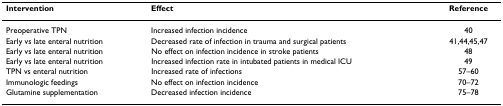
<table><thead><tr><td><b>Intervention</b></td><td><b>Effect</b></td><td><b>Reference</b></td></tr></thead><tbody><tr><td>Preoperative TPN</td><td>Increased infection incidence</td><td>40</td></tr><tr><td>Early vs late enteral nutrition</td><td>Decreased rate of infection in trauma and surgical patients</td><td>41,44,45,47</td></tr><tr><td>Early vs late enteral nutrition</td><td>No effect on infection incidence in stroke patients</td><td>48</td></tr><tr><td>Early vs late enteral nutrition</td><td>Increased infection rate in intubated patients in medical ICU</td><td>49</td></tr><tr><td>TPN vs enteral nutrition</td><td>Increased rate of infections</td><td>57–60</td></tr><tr><td>Immunologic feedings</td><td>No effect on infection incidence</td><td>70–72</td></tr><tr><td>Glutamine supplementation</td><td>Decreased infection incidence</td><td>75–78</td></tr></tbody></table>